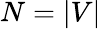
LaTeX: N=|V|